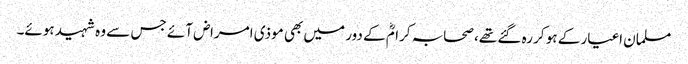
مسلمان اغیار کے ہو کر رہ گئے تھے، صحابہ کرامؓ کے دور میں بھی موذی امراض آئے جس سے وہ شہید ہوئے۔